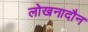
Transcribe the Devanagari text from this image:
लोखनादौन